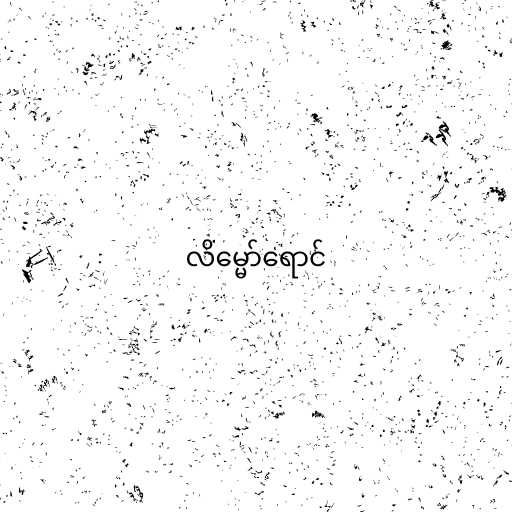
လိမ္မော်ရောင်